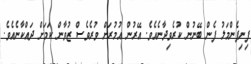
ފިނިފެންމަލު ފެން ބޭނުން ކުރެވިދާނެއެވެ. އޭރުން އުމުރަށް ވުރެވެސް ޒުވާން ކަމަށް ދައްކާނެއެވެ.